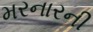
મરનારની